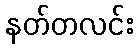
နတ်တလင်း